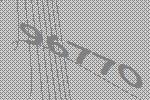
96770